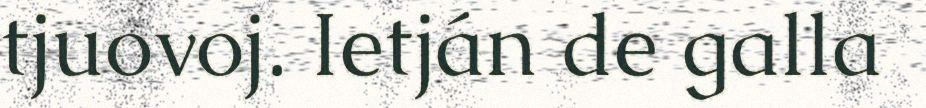
tjuovoj. Ietján de galla